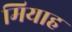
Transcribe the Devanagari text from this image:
मियाह